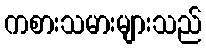
ကစားသမားများသည်